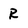
Character: R